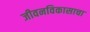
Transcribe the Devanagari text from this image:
जीवनविकासाचा